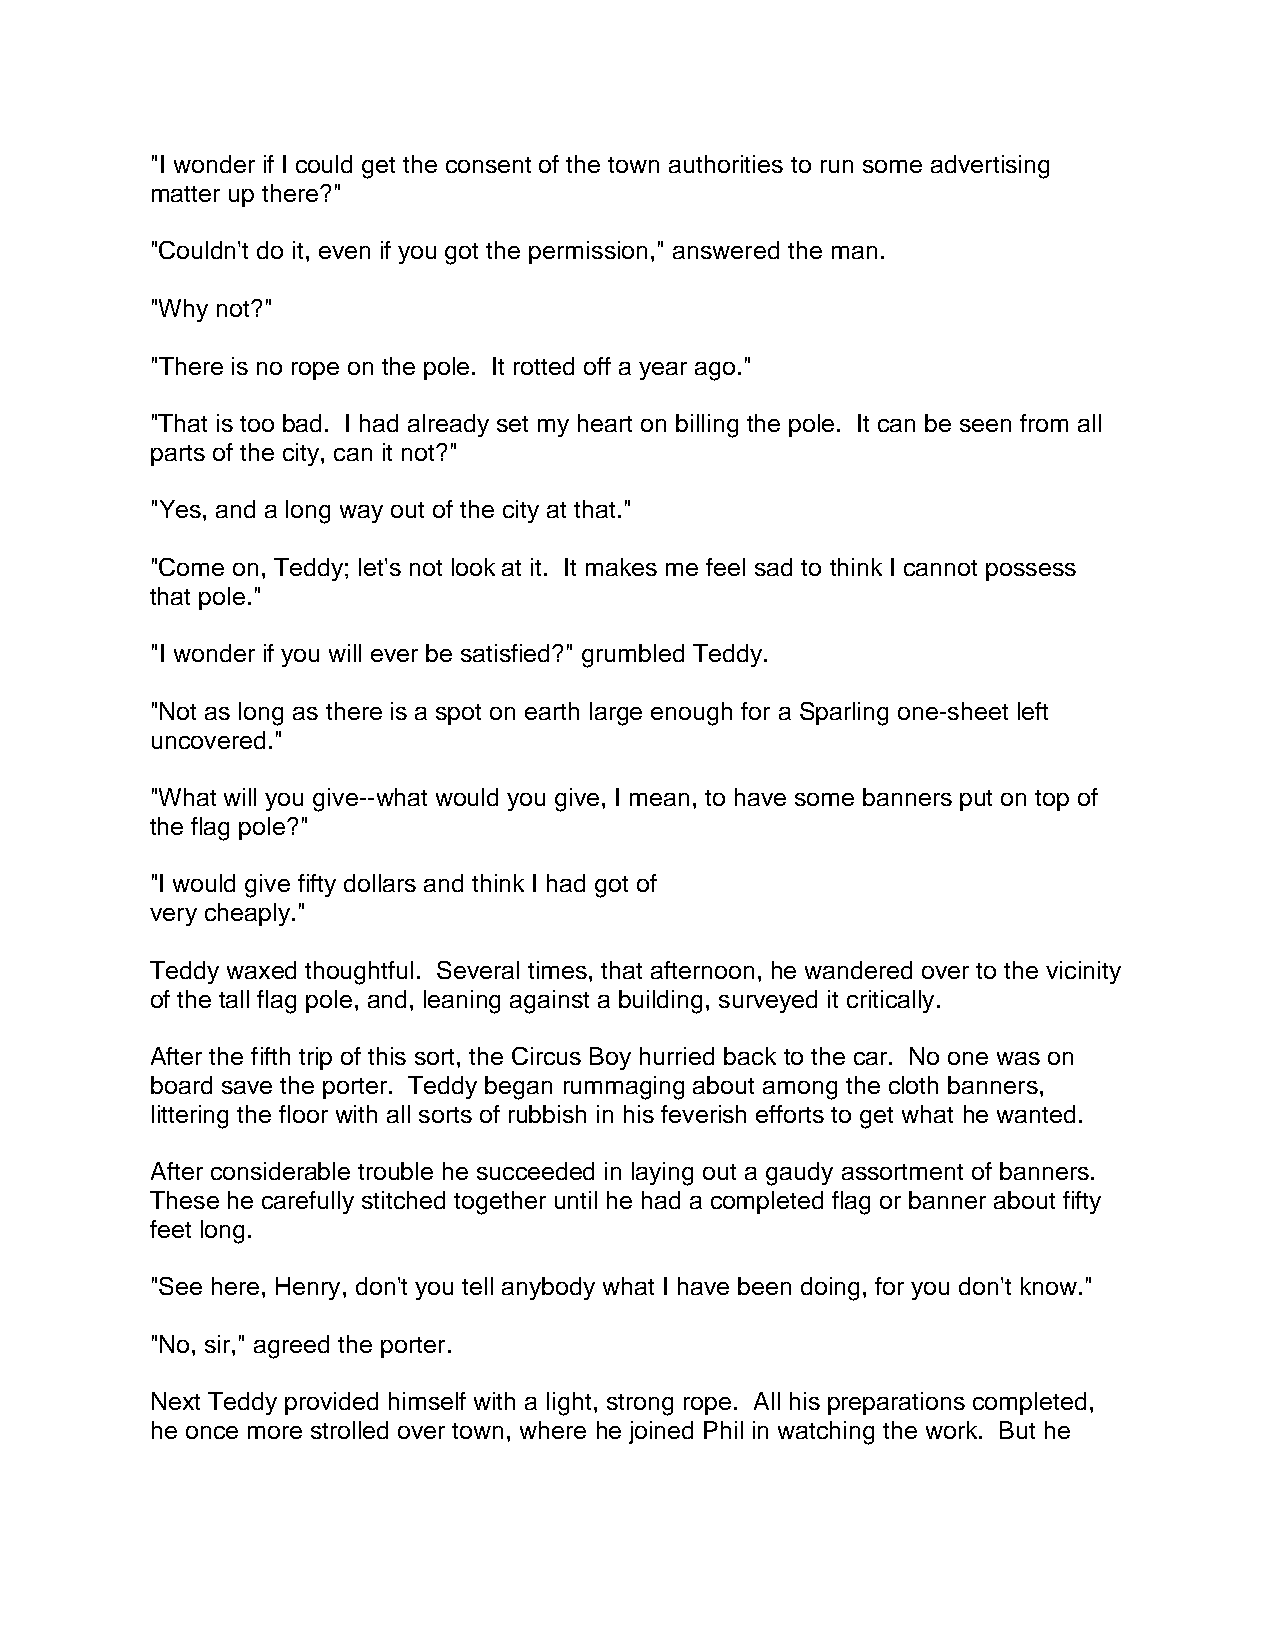
"I wonder if I could get the consent of the town authorities to run some advertising
 matter up there?"
 "Couldn't do it, even if you got the permission," answered the man.
 "Why not?"
 "There is no rope on the pole. It rotted off a year ago."
 "That is too bad. I had already set my heart on billing the pole. It can be seen from all
 parts of the city, can it not?"
 "Yes, and a long way out of the city at that."
 "Come on, Teddy; let's not look at it. It makes me feel sad to think I cannot possess
 that pole."
 "I wonder if you will ever be satisfied?" grumbled Teddy.
 "Not as long as there is a spot on earth large enough for a Sparling one-sheet left
 uncovered."
 "What will you give--what would you give, I mean, to have some banners put on top of
 the flag pole?"
 "I would give fifty dollars and think I had got of
 very cheaply."
 Teddy waxed thoughtful. Several times, that afternoon, he wandered over to the vicinity
 of the tall flag pole, and, leaning against a building, surveyed it critically.
 After the fifth trip of this sort, the Circus Boy hurried back to the car. No one was on
 board save the porter. Teddy began rummaging about among the cloth banners,
 littering the floor with all sorts of rubbish in his feverish efforts to get what he wanted.
 After considerable trouble he succeeded in laying out a gaudy assortment of banners.
 These he carefully stitched together until he had a completed flag or banner about fifty
 feet long.
 "See here, Henry, don't you tell anybody what I have been doing, for you don't know."
 "No, sir," agreed the porter.
 Next Teddy provided himself with a light, strong rope. All his preparations completed,
 he once more strolled over town, where he joined Phil in watching the work. But he